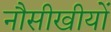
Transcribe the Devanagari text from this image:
नौसीखीयों